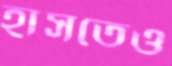
হাসতেও